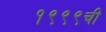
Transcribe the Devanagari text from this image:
१९९९ची